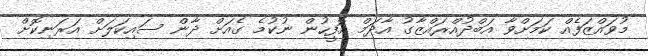
މުވައްޒަފެއް ކަމަށްވާ އަބްދުއްރައްޒާގު އާދަމް އޮފީހުން ނުކުމެ ގެއަށް ދާން ސައިކަލަށް އަރަނިކޮށް